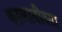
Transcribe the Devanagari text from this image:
कालातीतता